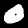
Label: 0